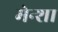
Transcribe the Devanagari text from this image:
मेन्शा